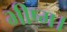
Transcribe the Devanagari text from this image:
भीष्म।